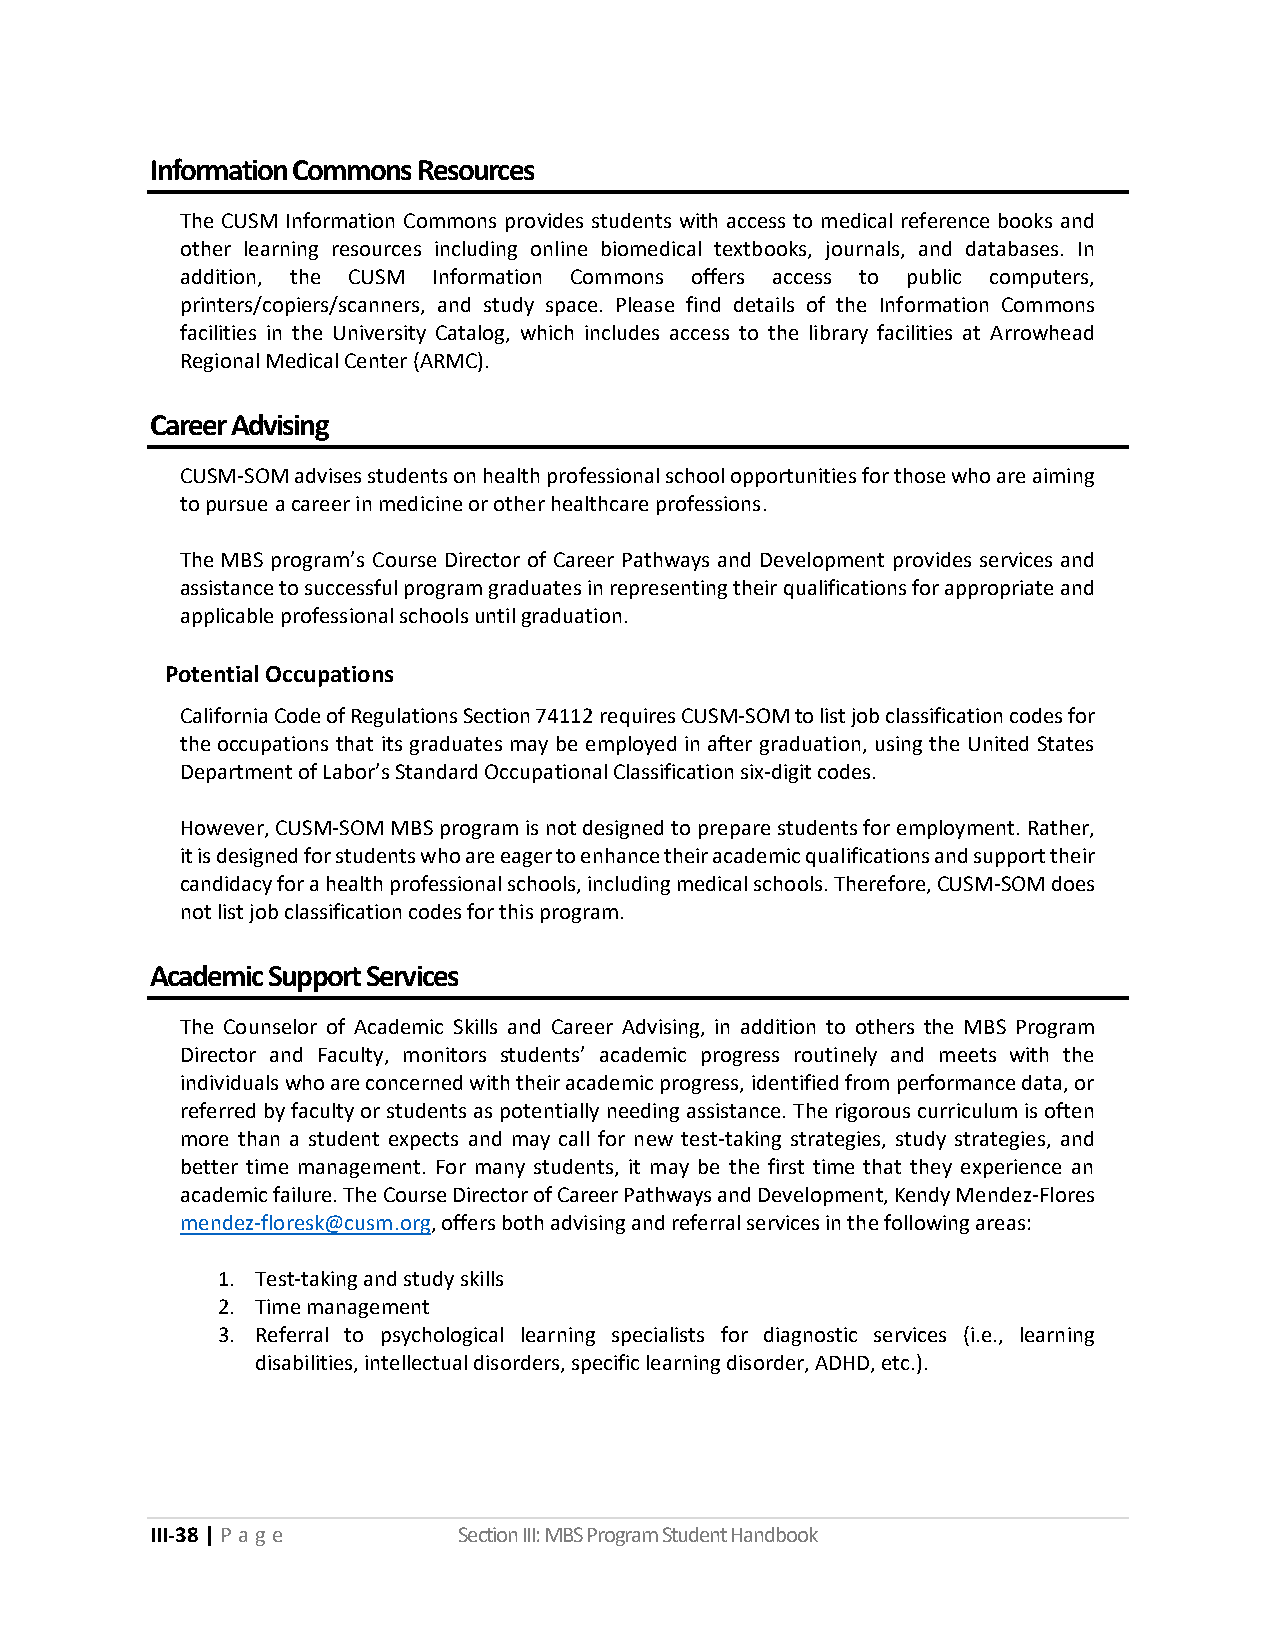
Information Commons Resources
 The CUSM Information Commons provides students with access to medical reference books and
 other learning resources including online biomedical textbooks, journals, and databases. In
 addition, the CUSM Information Commons offers access to public computers,
 printers/copiers/scanners, and study space. Please find details of the Information Commons
 facilities in the University Catalog, which includes access to the library facilities at Arrowhead
 Regional Medical Center (ARMC).
 Career Advising
 CUSM-SOM advises students on health professional school opportunities for those who are aiming
 to pursue a career in medicine or other healthcare professions.
 The MBS program’s Course Director of Career Pathways and Development provides services and
 assistance to successful program graduates in representing their qualifications for appropriate and
 applicable professional schools until graduation.
 Potential Occupations
 California Code of Regulations Section 74112 requires CUSM-SOM to list job classification codes for
 the occupations that its graduates may be employed in after graduation, using the United States
 Department of Labor’s Standard Occupational Classification six-digit codes.
 However, CUSM-SOM MBS program is not designed to prepare students for employment. Rather,
 it is designed for students who are eager to enhance their academic qualifications and support their
 candidacy for a health professional schools, including medical schools. Therefore, CUSM-SOM does
 not list job classification codes for this program.
 Academic Support Services
 The Counselor of Academic Skills and Career Advising, in addition to others the MBS Program
 Director and Faculty, monitors students’ academic progress routinely and meets with the
 individuals who are concerned with their academic progress, identified from performance data, or
 referred by faculty or students as potentially needing assistance. The rigorous curriculum is often
 more than a student expects and may call for new test-taking strategies, study strategies, and
 better time management. For many students, it may be the first time that they experience an
 academic failure. The Course Director of Career Pathways and Development, Kendy Mendez-Flores
 mendez-floresk@cusm.org, offers both advising and referral services in the following areas:
 1. Test-taking and study skills
 2. Time management
 3. Referral to psychological learning specialists for diagnostic services (i.e., learning
 disabilities, intellectual disorders, specific learning disorder, ADHD, etc.).
 III-38 | P a ge     Section III: MBS Program Student Handbook